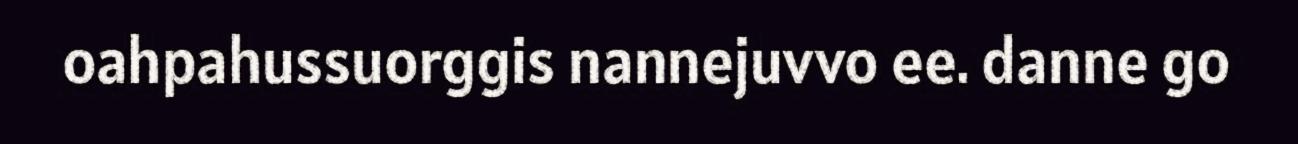
oahpahussuorggis nannejuvvo ee. danne go